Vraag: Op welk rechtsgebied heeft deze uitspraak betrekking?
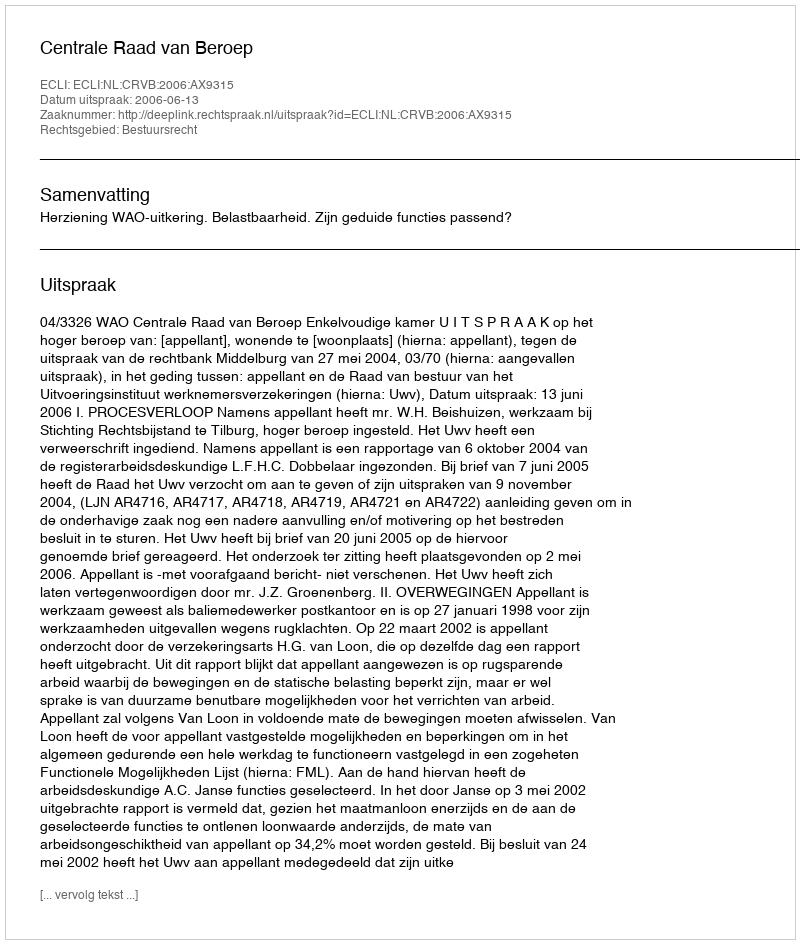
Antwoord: Bestuursrecht